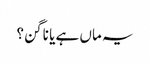
یہ ماں ہے یا ناگن؟